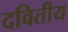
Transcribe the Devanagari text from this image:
दवितीय